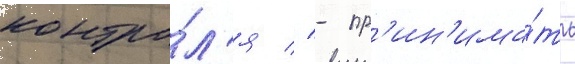
контро́л'я // - пр'ин'има́ть